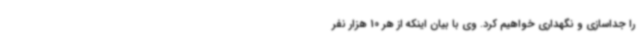
را جداسازی و نگهداری خواهیم کرد. ‌وی با بیان اینکه از هر 10 هزار نفر